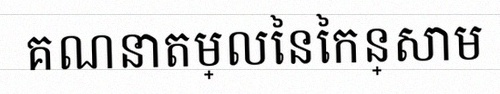
គណនាតម្លៃនៃកន្សោម